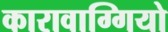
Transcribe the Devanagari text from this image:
कारावाग्गियो